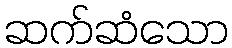
ဆက်ဆံသော